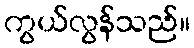
ကွယ်လွန်သည်။